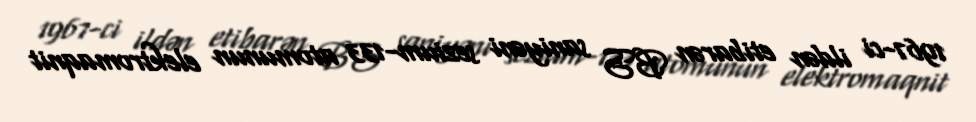
1967-ci ildən etibarən BS saniyəni sezium-133 atomunun elektromaqnit